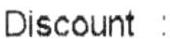
DISCOUNT :